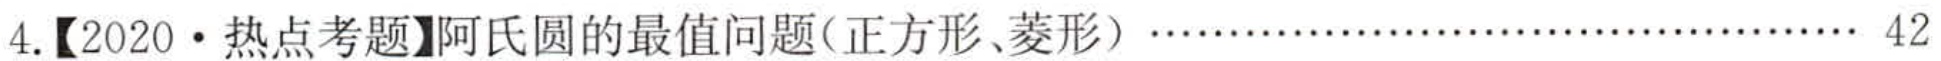
4.【2020·热点考题】阿氏圆的最值问题(正方形、菱形)……………………………… 42